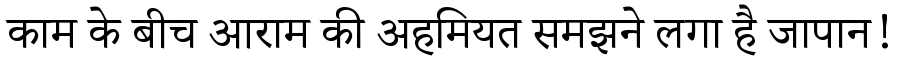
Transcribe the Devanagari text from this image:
काम के बीच आराम की अहमियत समझने लगा है जापान!